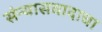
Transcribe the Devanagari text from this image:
संन्यासवादाचा